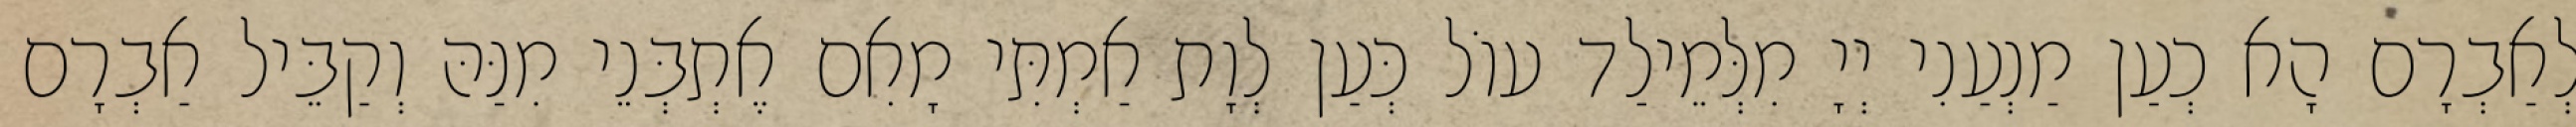
לְאַבְרָם הָא כְעַן מַנְעַנִי יְיָ מִלְּמֵילַד עוֹל כְּעַן לְוָת אַמְתִּי מָאִם אֶתְבְּנֵי מִנַּהּ וְקַבֵּיל אַבְרָם